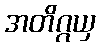
အတိဂ္ဂယှ